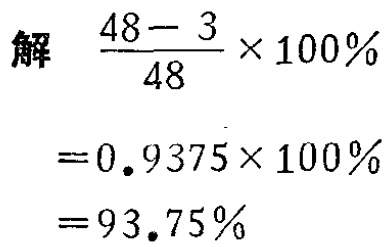
\[

\begin{align*}

\text{解}&\frac{48 - 3}{48}×100\%\\

&= 0.9375×100\%\\

&= 93.75\%

\end{align*}

\]